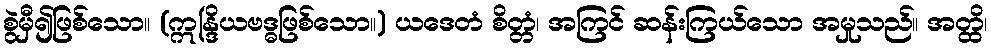
စွဲမှီ၍ဖြစ်သော။ (ဣန္ဒြိယဗဒ္ဓဖြစ်သော။) ယဒေတံ စိတ္တံ၊ အကြင် ဆန်းကြယ်သော အမှုသည်။ အတ္ထိ၊